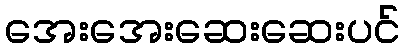
အေးအေးဆေးဆေးပင်